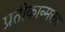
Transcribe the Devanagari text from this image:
प्रतीकान्मक्ता